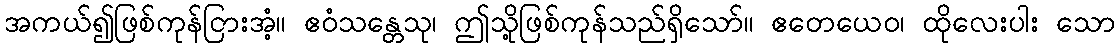
အကယ်၍ဖြစ်ကုန်ငြားအံ့။ ဧဝံသန္တေသု၊ ဤသို့ဖြစ်ကုန်သည်ရှိသော်။ ဧတေယေဝ၊ ထိုလေးပါး သော